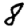
Digit: 8